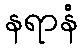
နရာနံ